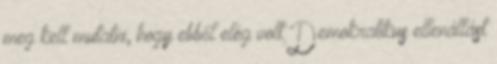
meg kell mutatni, hogy ebből elég volt Demokratikus ellenállást